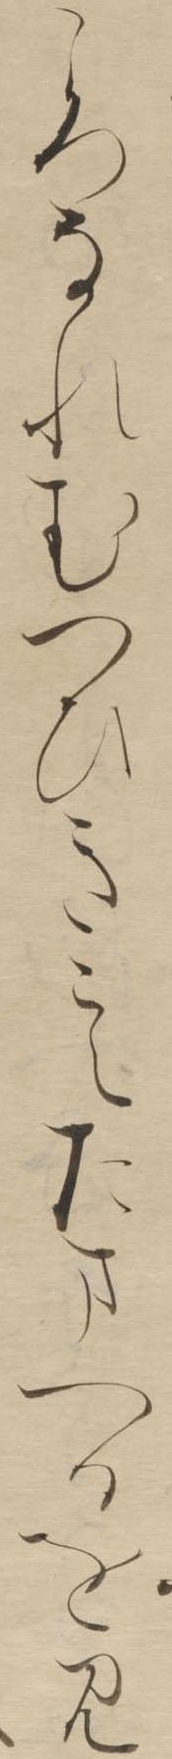
ころなれむつひきこえたまへるをみ